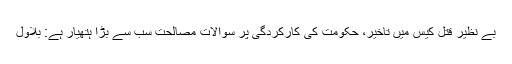
بے نظیر قتل کیس میں تاخیر، حکومت کی کارکردگی پر سوالات مصالحت سب سے بڑا ہتھیار ہے: بلاول